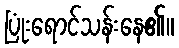
ပြုံးရောင်သန်းနေ၏။